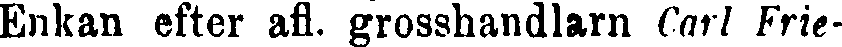
Enkan efter afl. grosshandlarn Carl Frie-